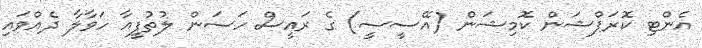
އެންޓި ކޮރަޕްޝަން ކޮމިޝަން (އޭސީސީ) ގެ ރައީސް ހަސަން ލުތުފީއާ ހަވާލާ ދެއްވައި